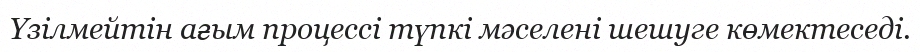
Үзілмейтін ағым процессі түпкі мәселені шешуге көмектеседі.